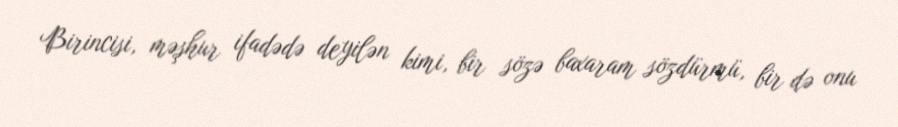
Birincisi, məşhur ifadədə deyilən kimi, bir sözə baxaram sözdürmü, bir də onu